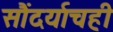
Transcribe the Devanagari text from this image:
सौंदर्याचही